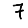
Digit: 7